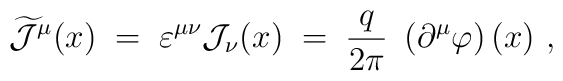
\widetilde{{\mathcal J}}^\mu (x) \;=\; \varepsilon^{\mu\nu} {\mathcal  J}_\nu (x) \;=\; \frac{q}{2\pi}~ \left( \partial^\mu \varphi\right)(x)~,